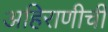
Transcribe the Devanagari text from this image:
अहिराणीची